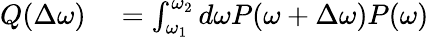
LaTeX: \begin{array}{rl}{Q(\Delta\omega)}&{{}=\int_{\omega_{1}}^{\omega_{2}}d\omega P(\omega+\Delta\omega)P(\omega)}\end{array}